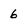
Character: 6